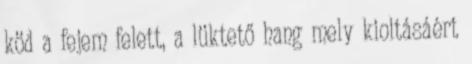
köd a fejem felett, a lüktető hang mely kioltásáért